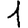
Digit: 1